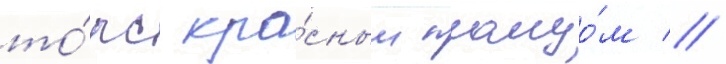
то́рс кра́сным плащо́м //